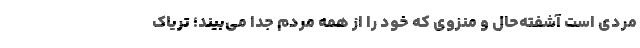
مردی است آشفته‌حال و منزوی که خود را از همه مردم جدا می‌بیند؛ تریاک